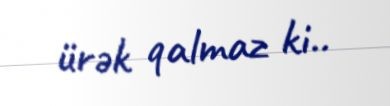
ürək qalmaz ki..